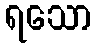
ရသော